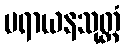
ပရာယနသုတ္တံ